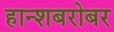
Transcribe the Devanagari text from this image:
हान्शबरोबर